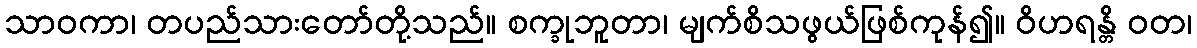
သာဝကာ၊ တပည်သားတော်တို့သည်။ စက္ခုဘူတာ၊ မျက်စိသဖွယ်ဖြစ်ကုန်၍။ ဝိဟရန္တိ ဝတ၊